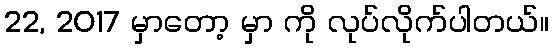
22, 2017 မှာတော့ မှာ ကို လုပ်လိုက်ပါတယ်။